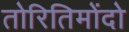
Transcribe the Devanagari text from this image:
तोरितिमोंदो